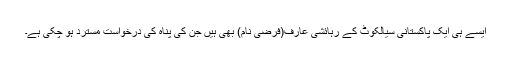
ایسے ہی ایک پاکستانی سیالکوٹ کے رہائشی عارف(فرضی نام) بھی ہیں جن کی پناہ کی درخواست مسترد ہو چکی ہے۔